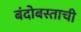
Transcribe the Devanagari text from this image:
बंदोबस्ताची